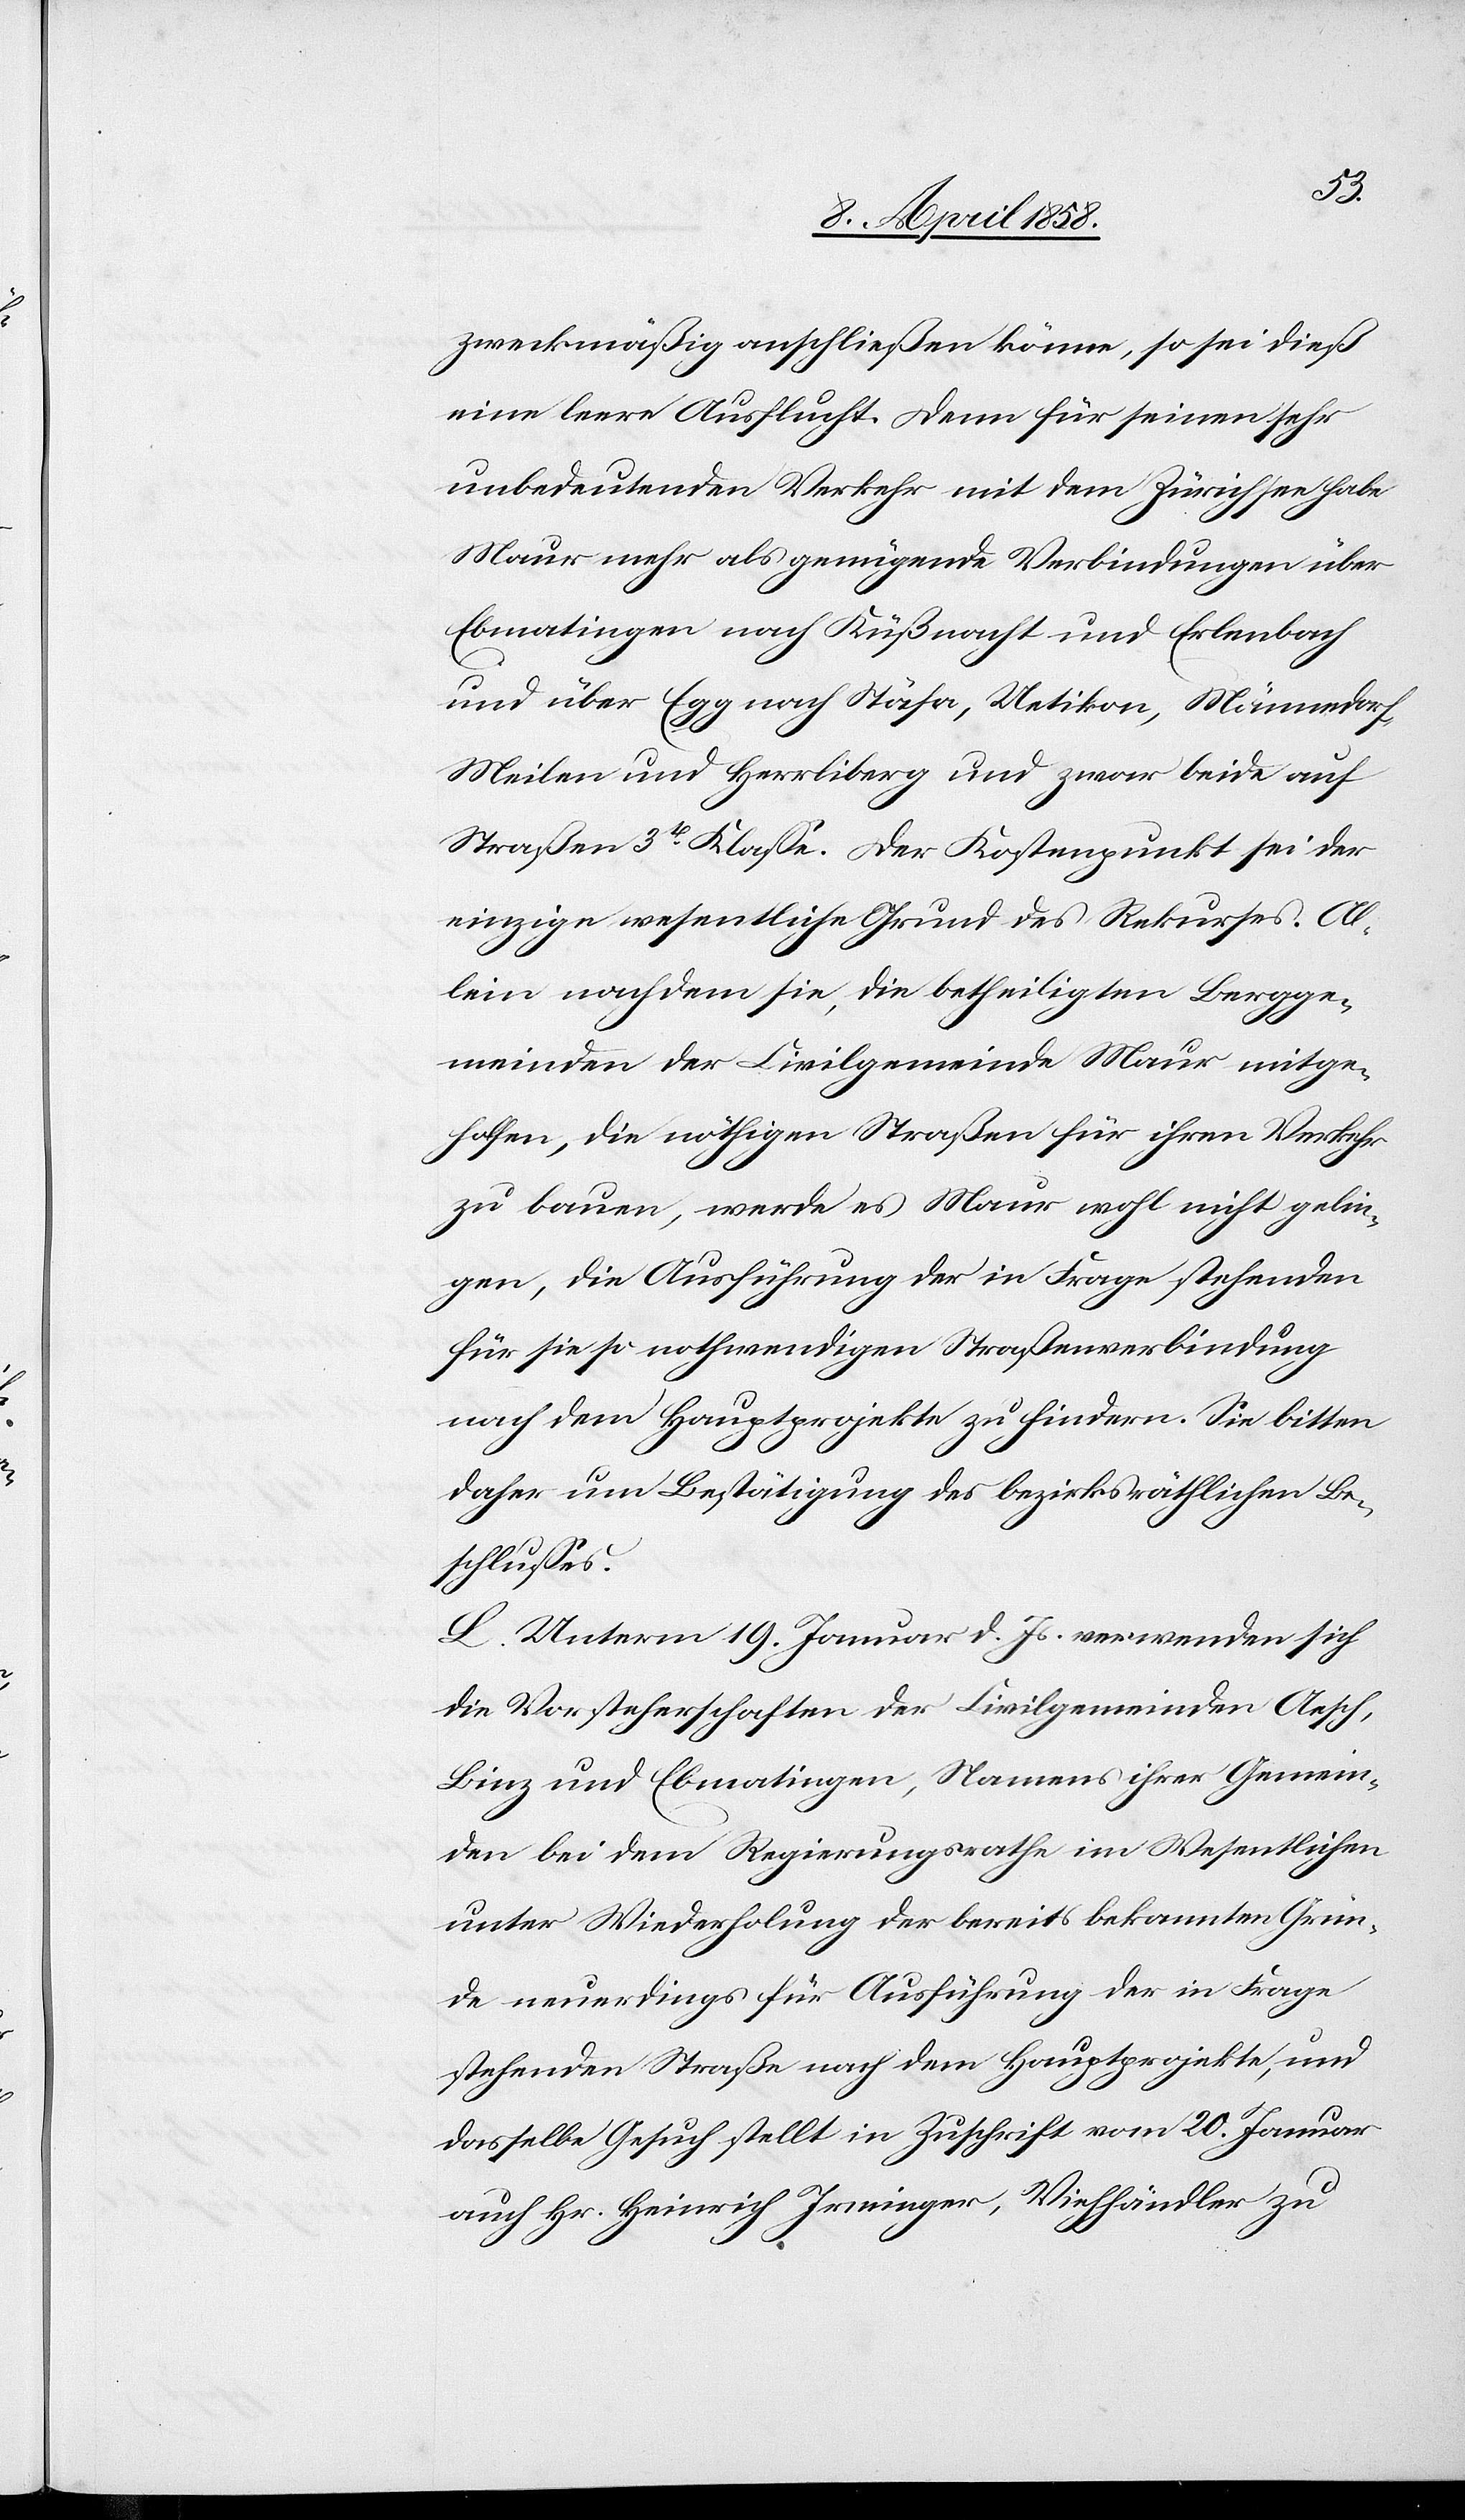
zweckmäßig anschließen könne, so sei dieß
eine leere Ausflucht. Denn für seinen sehr
unbedeutenden Verkehr mit dem Zürichsee habe
Maur mehr als genügende Verbindungen über
Ebmatingen nach Küßnacht und Erlenbach
und über Egg nach Stäfa, Uetikon, Männedorf,
Meilen und Herrliberg und zwar beide auf
Straßen 3tr Klasse. Der Kostenpunkt sei der
einzige wesentliche Grund des Rekurses. Al¬
lein nach dem sie, die betheiligten Bergge¬
meinden der Civilgemeinde Maur mitge¬
holfen, die nöthigen Straßen für ihren Verkehr
zu bauen, werde es Maur wohl nicht gelin¬
gen, die Ausführung der in Frage stehenden
für sie so nothwendigen Straßenverbindung
nach dem Hauptprojekte zu hindern. Sie bitten
daher um Bestätigung des bezirksräthlichen Be¬
schlusses.
L. Unterm 19. Januar d. Js. verwenden sich
die Vorsteherschaften der Civilgemeinden Aesch,
Binz und Ebmatingen, Namens ihrer Gemein¬
den bei dem Regierungsrathe im Wesentlichen
unter Wiederholung der bereits bekannten Grün¬
de neuerdings für Ausführung der in Frage
stehenden Straße nach dem Hauptprojekte, und
dasselbe Gesuch stellt in Zuschrift vom 20. Januar
auch Hr. Heinrich Irminger, Viehhändler zu